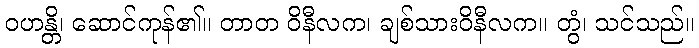
ဝဟန္တိ၊ ဆောင်ကုန်၏။ တာတ ဝိနီလက၊ ချစ်သားဝိနီလက။ တွံ၊ သင်သည်။